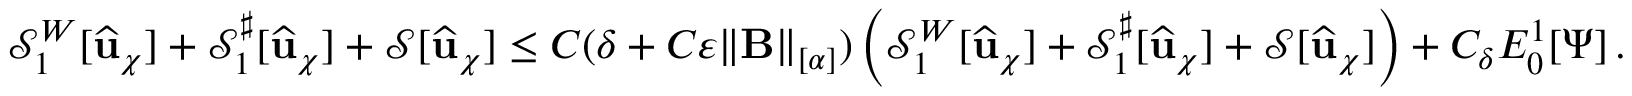
\mathcal { S } _ { 1 } ^ { W } [ \widehat { \mathbf { u } } _ { \chi } ] + { \mathcal { S } _ { 1 } ^ { \sharp } } [ \widehat { \mathbf { u } } _ { \chi } ] + \mathcal { S } [ \widehat { \mathbf { u } } _ { \chi } ] \leq C ( \delta + C \varepsilon \lVert { \bf B } \rVert _ { [ \alpha ] } ) \left( \mathcal { S } _ { 1 } ^ { W } [ \widehat { \mathbf { u } } _ { \chi } ] + { \mathcal { S } _ { 1 } ^ { \sharp } } [ \widehat { \mathbf { u } } _ { \chi } ] + \mathcal { S } [ \widehat { \mathbf { u } } _ { \chi } ] \right) + C _ { \delta } { E } _ { 0 } ^ { 1 } [ \Psi ] \, .